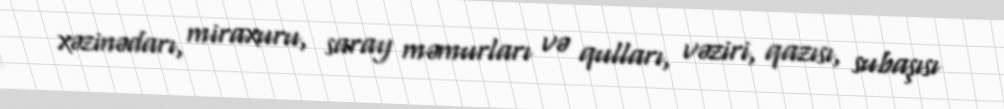
xəzinədarı, miraxuru, saray məmurları və qulları, vəziri, qazısı, subaşısı